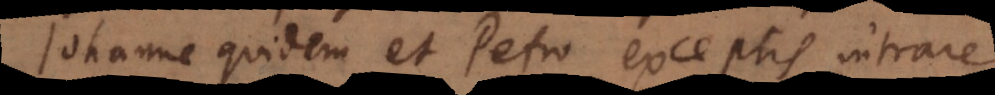
Johanne quidem et Petro exceptis intrare.